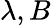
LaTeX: \lambda,B